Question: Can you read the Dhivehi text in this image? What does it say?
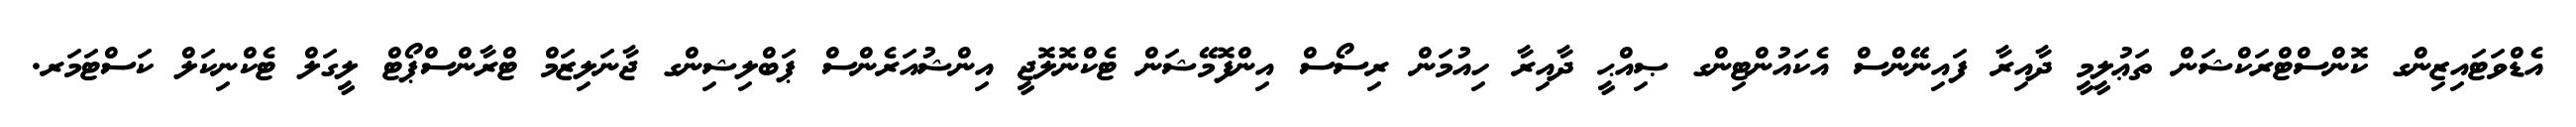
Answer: އެޑްވަޓައިޒިންގ ކޮންސްޓްރަކްޝަން ތަޢުލީމީ ދާއިރާ ފައިނޭންސް އެކައުންޓިންގ ޞިއްޙީ ދާއިރާ ހިއުމަން ރިސޯސް އިންފޮމޭޝަން ޓެކްނޮލޮޖީ އިންޝުއަރެންސް ޕަބްލިޝިންގ ޖާނަލިޒަމް ޓްރާންސްޕޯޓް ލީގަލް ޓެކްނިކަލް ކަސްޓަމަރ.